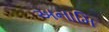
અનામિ